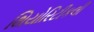
થિયોરિટીકલી